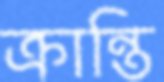
ক্রান্তি